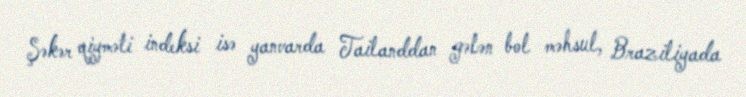
Şəkər qiyməti indeksi isə yanvarda Tailanddan gələn bol məhsul, Braziliyada